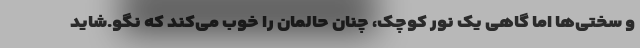
و سختی‌ها اما گاهی یک نور کوچک، چنان حالمان را خوب می‌کند که نگو.شاید